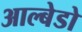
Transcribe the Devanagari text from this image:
आल्बेडो